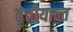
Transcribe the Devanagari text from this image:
तृतीयान्त